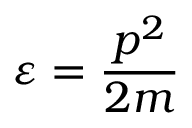
\varepsilon = \frac { p ^ { 2 } } { 2 m }